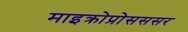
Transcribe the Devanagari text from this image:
माइक्रोप्रोसससर